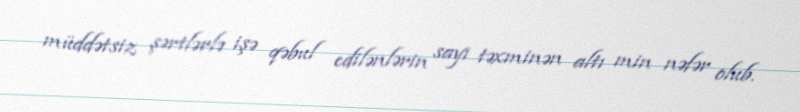
müddətsiz şərtlərlə işə qəbul edilənlərin sayı təxminən altı min nəfər olub.